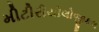
મીટીરીયોલોજીકલ